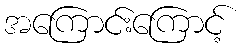
အကြောင်းကြောင့်